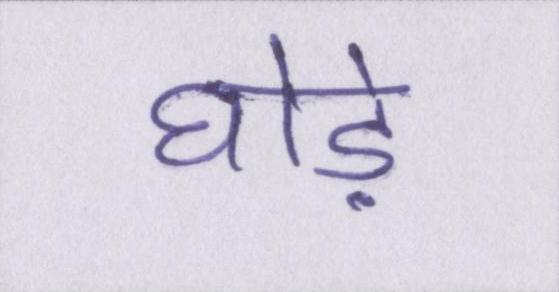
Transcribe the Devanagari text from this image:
घोड़े